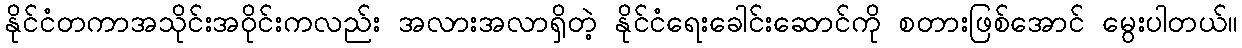
နိုင်ငံတကာအသိုင်းအဝိုင်းကလည်း အလားအလာရှိတဲ့ နိုင်ငံရေးခေါင်းဆောင်ကို စတားဖြစ်အောင် မွေးပါတယ်။